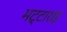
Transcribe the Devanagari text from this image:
भट्टाराई